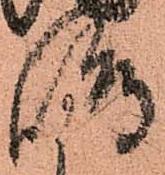
嶋